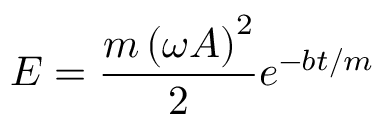
E = { \frac { m \left( \omega A \right) ^ { 2 } } { 2 } } e ^ { - b t / m }